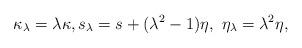
LaTeX: \begin{align*} \kappa_{\lambda} = \lambda \kappa, s_{\lambda} = s + (\lambda^2 -1) \eta, \ \eta_{\lambda} = \lambda^2 \eta,\end{align*}